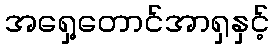
အရှေ့တောင်အာရှနှင့်